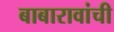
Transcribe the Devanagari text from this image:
बाबारावांची